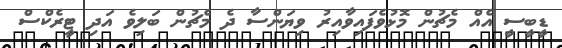
ޑީބީސީ އެއް މެޗުން މޮޅުވެފައިވާއިރު ވިޔަންސާ ދެ މެޗުން ބަލިވެ އަދި ޓީރެކްސް